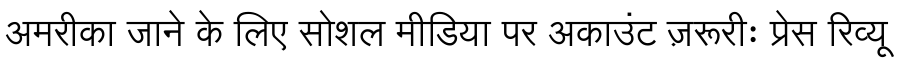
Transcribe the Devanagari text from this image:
अमरीका जाने के लिए सोशल मीडिया पर अकाउंट ज़रूरीः प्रेस रिव्यू